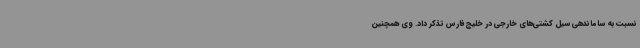
نسبت به ساماندهی سیل کشتی‌های خارجی در خلیج فارس تذکر داد. وی همچنین